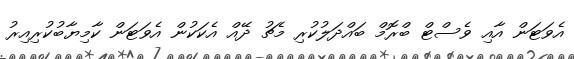
އެވަޓަން އާއި ވެސްޓް ބްރޮމް ބައްދަލުކުރި މެޗު ދޭއް އެކަކުން އެވަޓަން ކާމިޔާބުކުރިއިރު